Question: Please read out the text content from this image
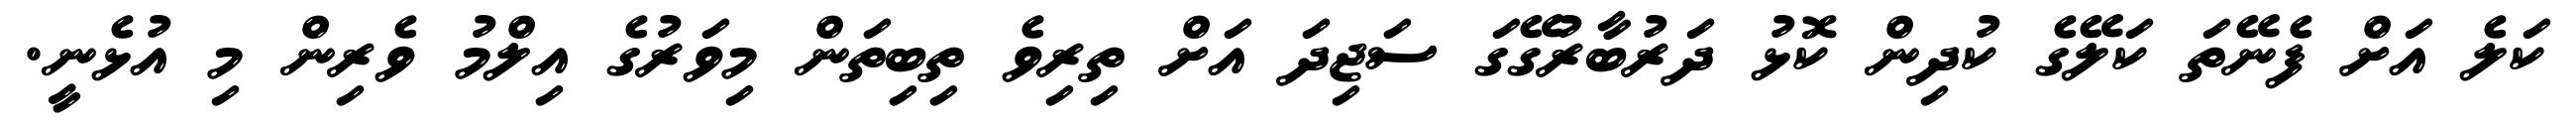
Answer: ކަލެ އަށް ފެނޭތަ ކަލޭގެ ކުދިން ކޮޅު ދަރުބާރުގޭގަ ސަޖިދަ އަށް ތިރިވެ ތިބިތަން މިވަރުގެ އިލްމު ވެރިން މި އުޅެނީ.